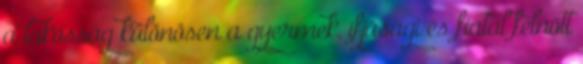
a lakosság különösen a gyermek, ifjúsági és fiatal felnőtt